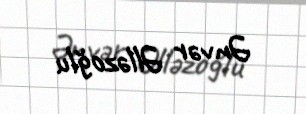
Ənvər Əlləzoğlu